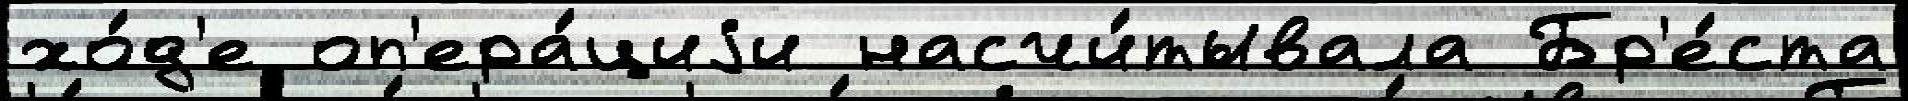
хо́д'е оп'ера́циjи насчи́тывала Бр'е́ста